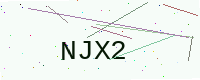
Text: NJX2